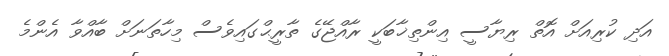
އަދި ކުރިއަށް އޮތް ރިޔާސީ އިންތިޚާބަކީ ރާއްޖޭގެ ތާރީޙްގައިވެސް މިހާތަނަށް ބާއްވާ އެންމެ